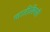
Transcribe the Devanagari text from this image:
जातीविषयी